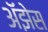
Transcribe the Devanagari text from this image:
अॅझेस